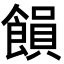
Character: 𮩉